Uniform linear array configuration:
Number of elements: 24
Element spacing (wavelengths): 0.25
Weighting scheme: kaiser
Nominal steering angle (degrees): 15
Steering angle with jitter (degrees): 16.308
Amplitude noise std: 0.05
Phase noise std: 0.05

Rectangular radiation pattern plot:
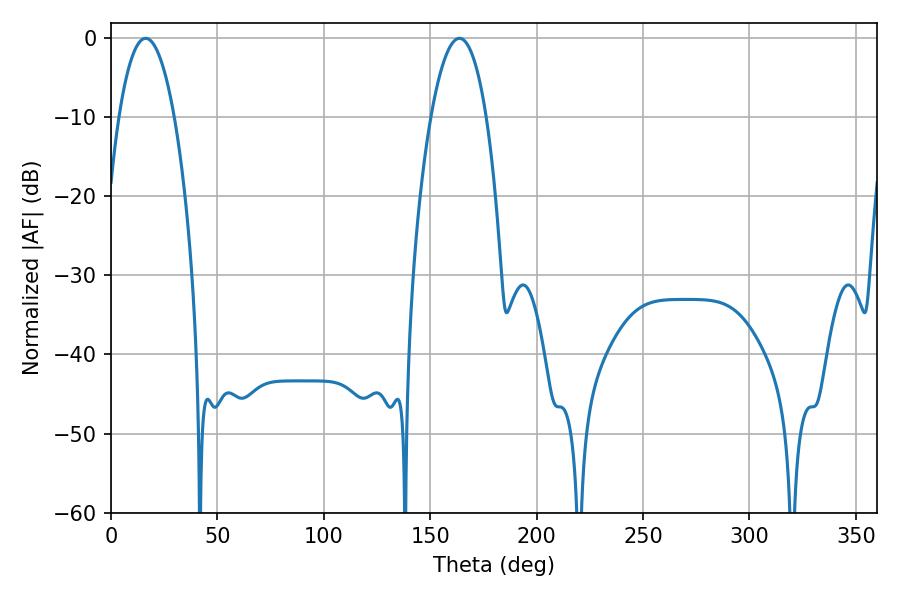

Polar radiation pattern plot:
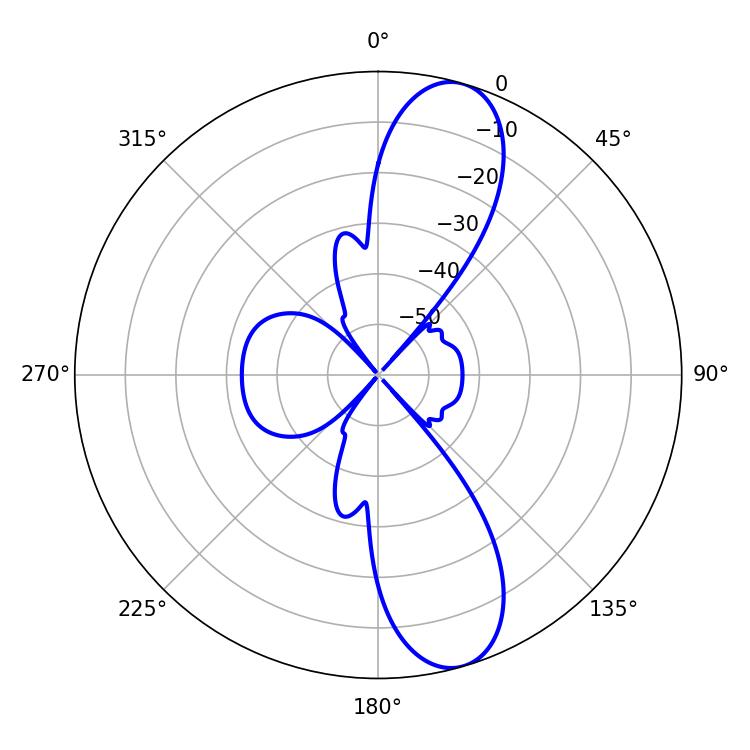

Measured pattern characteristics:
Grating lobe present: FALSE
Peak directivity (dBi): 11.203
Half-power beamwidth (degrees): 14.4
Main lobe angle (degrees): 16.2